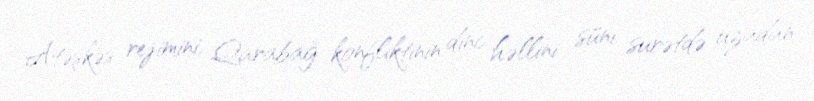
Atəşkəs rejimini, Qarabağ konfliktinin dinc həllini süni surətdə uzadan